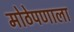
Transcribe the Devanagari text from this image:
मोठेपणाला